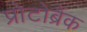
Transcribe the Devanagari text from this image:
प्रोटोब्रैंक